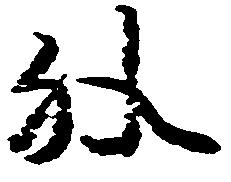
外